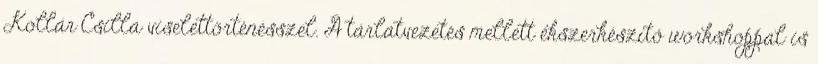
Kollár Csilla viselettörténésszel. A tárlatvezetés mellett ékszerkészítő workshoppal is